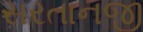
સરતાનજી